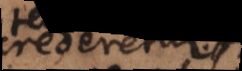
crederetur: